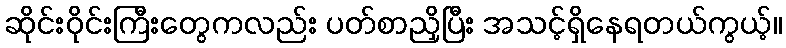
ဆိုင်းဝိုင်းကြီးတွေကလည်း ပတ်စာညှိပြီး အသင့်ရှိနေရတယ်ကွယ့်။